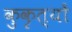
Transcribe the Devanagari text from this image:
कुकृत्‍यों